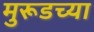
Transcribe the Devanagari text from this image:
मुरूडच्या